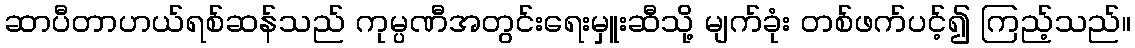
ဆာပီတာဟယ်ရစ်ဆန်သည် ကုမ္ပဏီအတွင်းရေးမှူးဆီသို့ မျက်ခုံး တစ်ဖက်ပင့်၍ ကြည့်သည်။